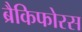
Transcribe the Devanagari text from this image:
ब्रैकिफोरस